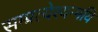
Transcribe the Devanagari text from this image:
सम्प्रत्येश्यन्मयि